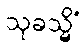
သုခသ္မိံ